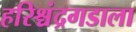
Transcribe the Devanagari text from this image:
हरिश्चंद्रगडाला